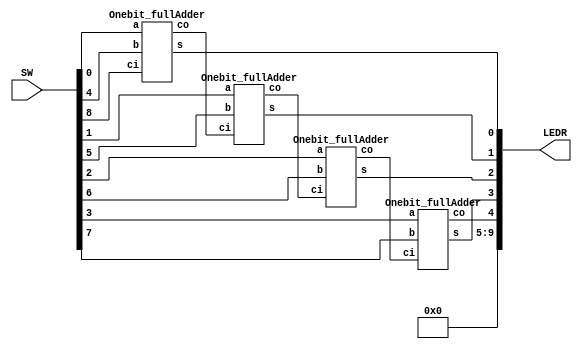
module part2(SW, LEDR);
	input [8:0] SW;
	output [9:0] LEDR;
	wire [3:0] a;
	wire [3:0] b;
	wire [3:0] s;
	wire [2:0] cm;
	wire ci, co;
	
	assign a = SW[3:0];
	assign b = SW[7:4];
	assign ci = SW[8];
	
	Onebit_fullAdder fAdder0 (a[0],b[0],ci, s[0], cm[0]);
	Onebit_fullAdder fAdder1 (a[1],b[1],cm[0], s[1], cm[1]);
	Onebit_fullAdder fAdder2 (a[2],b[2],cm[1], s[2], cm[2]);
	Onebit_fullAdder fAdder3 (a[3],b[3],cm[2], s[3], co);
	
	assign LEDR[3:0] = s[3:0];
	assign LEDR[4] = co;
	assign LEDR[9:5] = 5'b0;
	
	
	
	

endmodule


module Onebit_fullAdder(a,b,ci,s,co);
	input a,b,ci;
	output s, co;
	wire m;
	
	//XOR gate for a and b
	assign m = (~a & b) | (a & ~b);
	 
	//2 to 1 mux for m (as s), b (as x) and ci (as y)
	mux_2to1 mux0 (b, ci, m, co);
	
	//XOR gate for ci and m
	
	assign s = (~ci & m) | (ci & ~m);


endmodule

module mux_2to1(x,y,s,M);
	
	input x,y,s;
	output M;
	
	wire m_0, m_1;
	
	assign m_0 = (x & ~s);
	assign m_1 = (y & s);
	
	assign M = (m_0 | m_1);

endmodule